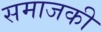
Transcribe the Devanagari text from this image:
समाजकी